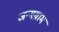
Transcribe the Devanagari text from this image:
जन्मग्राम